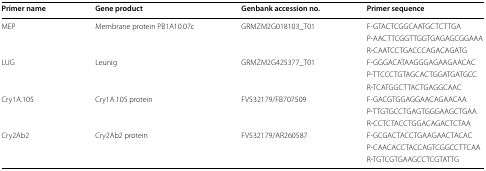
| Primer name | Gene product | Genbank accession no. | Primer sequence |
 | --- | --- | --- | --- |
 | <ROWSPAN=3> MEP | <ROWSPAN=3> Membrane protein PB1A10.07c | <ROWSPAN=3> GRMZM2G018103_T01 | F-GTACTCGGCAATGCTCTTGA |
 | P-AACTTCGGTTGGTGAGAGCGGAAA |
 | R-CAATCCTGACCCAGACAGATG |
 | <ROWSPAN=3> LUG | <ROWSPAN=3> Leunig | <ROWSPAN=3> GRMZM2G425377_T01 | F-GGGACATAAGGGAGAAGAACAC |
 | P-TTCCCTGTAGCACTGGATGATGCC |
 | R-TCATGGCTTACTGAGGCAAC |
 | <ROWSPAN=3> Cry1A.105 | <ROWSPAN=3> Cry1A.105 protein | <ROWSPAN=3> FV532179/FB707509 | F-GACGTGGAGGAACAGAACAA |
 | P-TTGTGCCTGAGTGGGAAGCTGAA |
 | R-CCTCTACCTGGACAGACTCTAA |
 | <ROWSPAN=3> Cry2Ab2 | <ROWSPAN=3> Cry2Ab2 protein | <ROWSPAN=3> FV532179/AR260587 | F-GCGACTACCTGAAGAACTACAC |
 | P-CAACACCTACCAGTCGGCCTTCAA |
 | R-TGTCGTGAAGCCTCGTATTG |